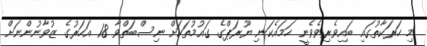
މި ހަރަކާތުގައި ބައިވެރިވެވެނީ ހަމައެކަނި ޔޫރަޕްގެ ގައުމުތަކަށް ނިސްބަތްވާ 18 އަހަރުގެ ޒުވާނުންނަށް